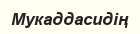
Мукаддасидің